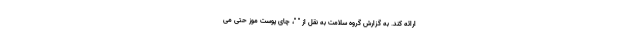
ارائه کند. به گزارش گروه سلامت به نقل از " "، چای پوست موز حتی می